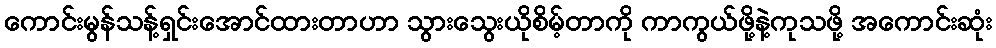
ကောင်းမွန်သန့်ရှင်းအောင်ထားတာဟာ သွားသွေးယိုစိမ့်တာကို ကာကွယ်ဖို့နဲ့ကုသဖို့ အကောင်းဆုံး